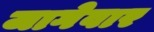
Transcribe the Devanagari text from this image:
जागेवार